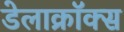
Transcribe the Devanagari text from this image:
डेलाक्रॉक्स